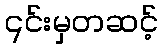
၎င်းမှတဆင့်